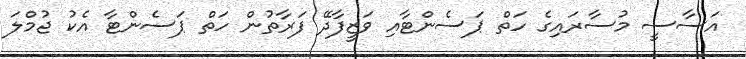
އަސާސީ މުސާރައިގެ ހަތް ޕަސެންޓާއި ވަޒީފާދޭ ފަރާތުން ހަތް ޕަސެންޓާ އެކު ޖުމްލަ